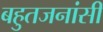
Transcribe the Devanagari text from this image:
बहुतजनांसी